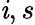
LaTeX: \mathit{i},s